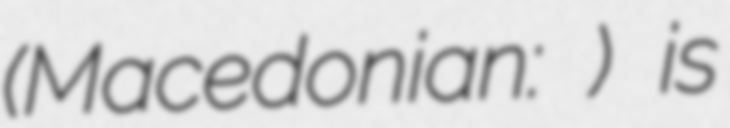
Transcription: (Macedonian: Филиповци) is